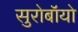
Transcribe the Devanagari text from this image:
सुरोबॉयो